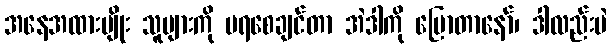
အနေအထားမျိုး သူများကို မရစေချင်တာ အဲဒါကို ပြောတာနော်၊ ဒါလည်းပဲ